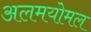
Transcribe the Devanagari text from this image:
अलमयोमल